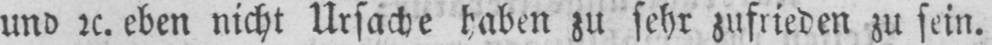
und etc. eben nicht Ursache haben zu sehr zufrieden zu sein.